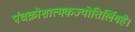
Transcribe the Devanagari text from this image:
पंचक्रोशात्मकज्योतिर्लिगहै।